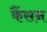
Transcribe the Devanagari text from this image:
कैंसन